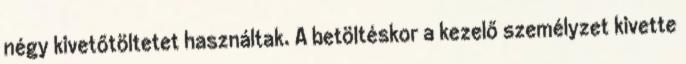
négy kivetőtöltetet használtak. A betöltéskor a kezelő személyzet kivette